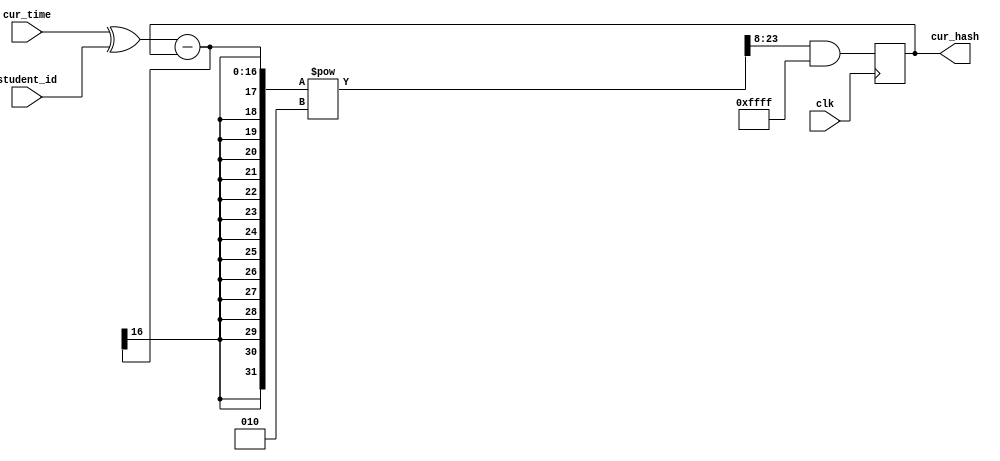
module hasher (
	input clk,    // Clock
	input [15:0] cur_time,
	input [15:0] student_id,
	output [15:0] cur_hash	
);

wire [31:0] next_hash;
reg [15:0] curr_hash;
parameter UINT16_MAX = 16'b1111111111111111;
assign cur_hash = curr_hash;

initial curr_hash = 0;
assign next_hash = (((((cur_time ^ student_id) - cur_hash)**2)>> 8) & UINT16_MAX);
always @(posedge clk) curr_hash <= next_hash;

endmodule